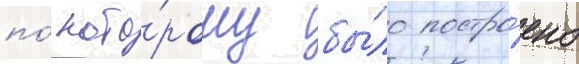
по́ кото́рому бы́ло постро́ено